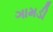
ગામડી